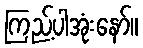
ကြည့်ပါအုံးနော်။